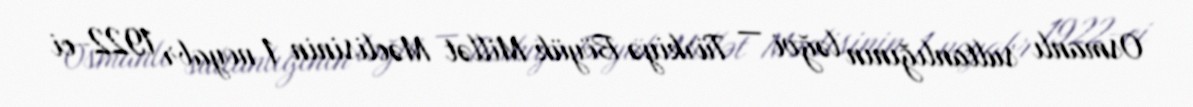
Osmanlı sultanlığının ləğvi — Türkiyə Böyük Millət Məclisinin 1 noyabr 1922-ci